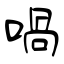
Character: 喎